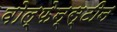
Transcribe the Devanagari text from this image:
वोल्फेन्स्टीन